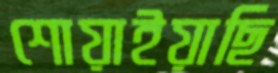
শোয়াইয়াছি